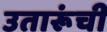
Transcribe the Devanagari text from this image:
उतारूंची